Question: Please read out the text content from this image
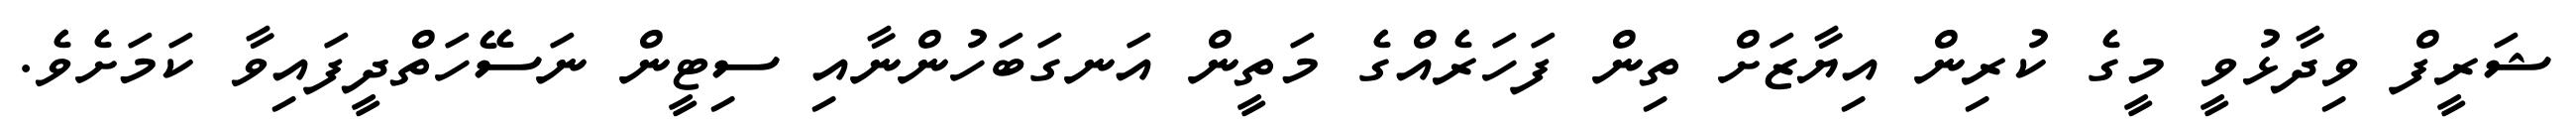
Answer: ޝަރީފް ވިދާޅުވީ މީގެ ކުރިން އިޔާޒަށް ތިން ފަހަރެއްގެ މަތީން އަނގަބަހުންނާއި ސިޓީން ނަސޭހަތްދީފައިވާ ކަމަށެވެ.